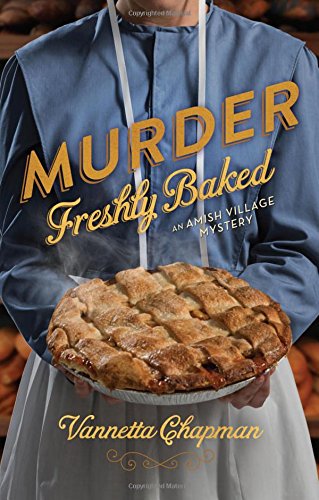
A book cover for Murder Freshly Baked (An Amish Village Mystery); Vannetta Chapman; Romance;